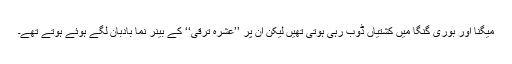
میگنا اور بُوری گنگا میں کشتیاں ڈوب رہی ہوتی تھیں لیکن اُن پر ’’عشرۂ ترقی‘‘ کے بینر نما بادبان لگے ہوئے ہوتے تھے۔